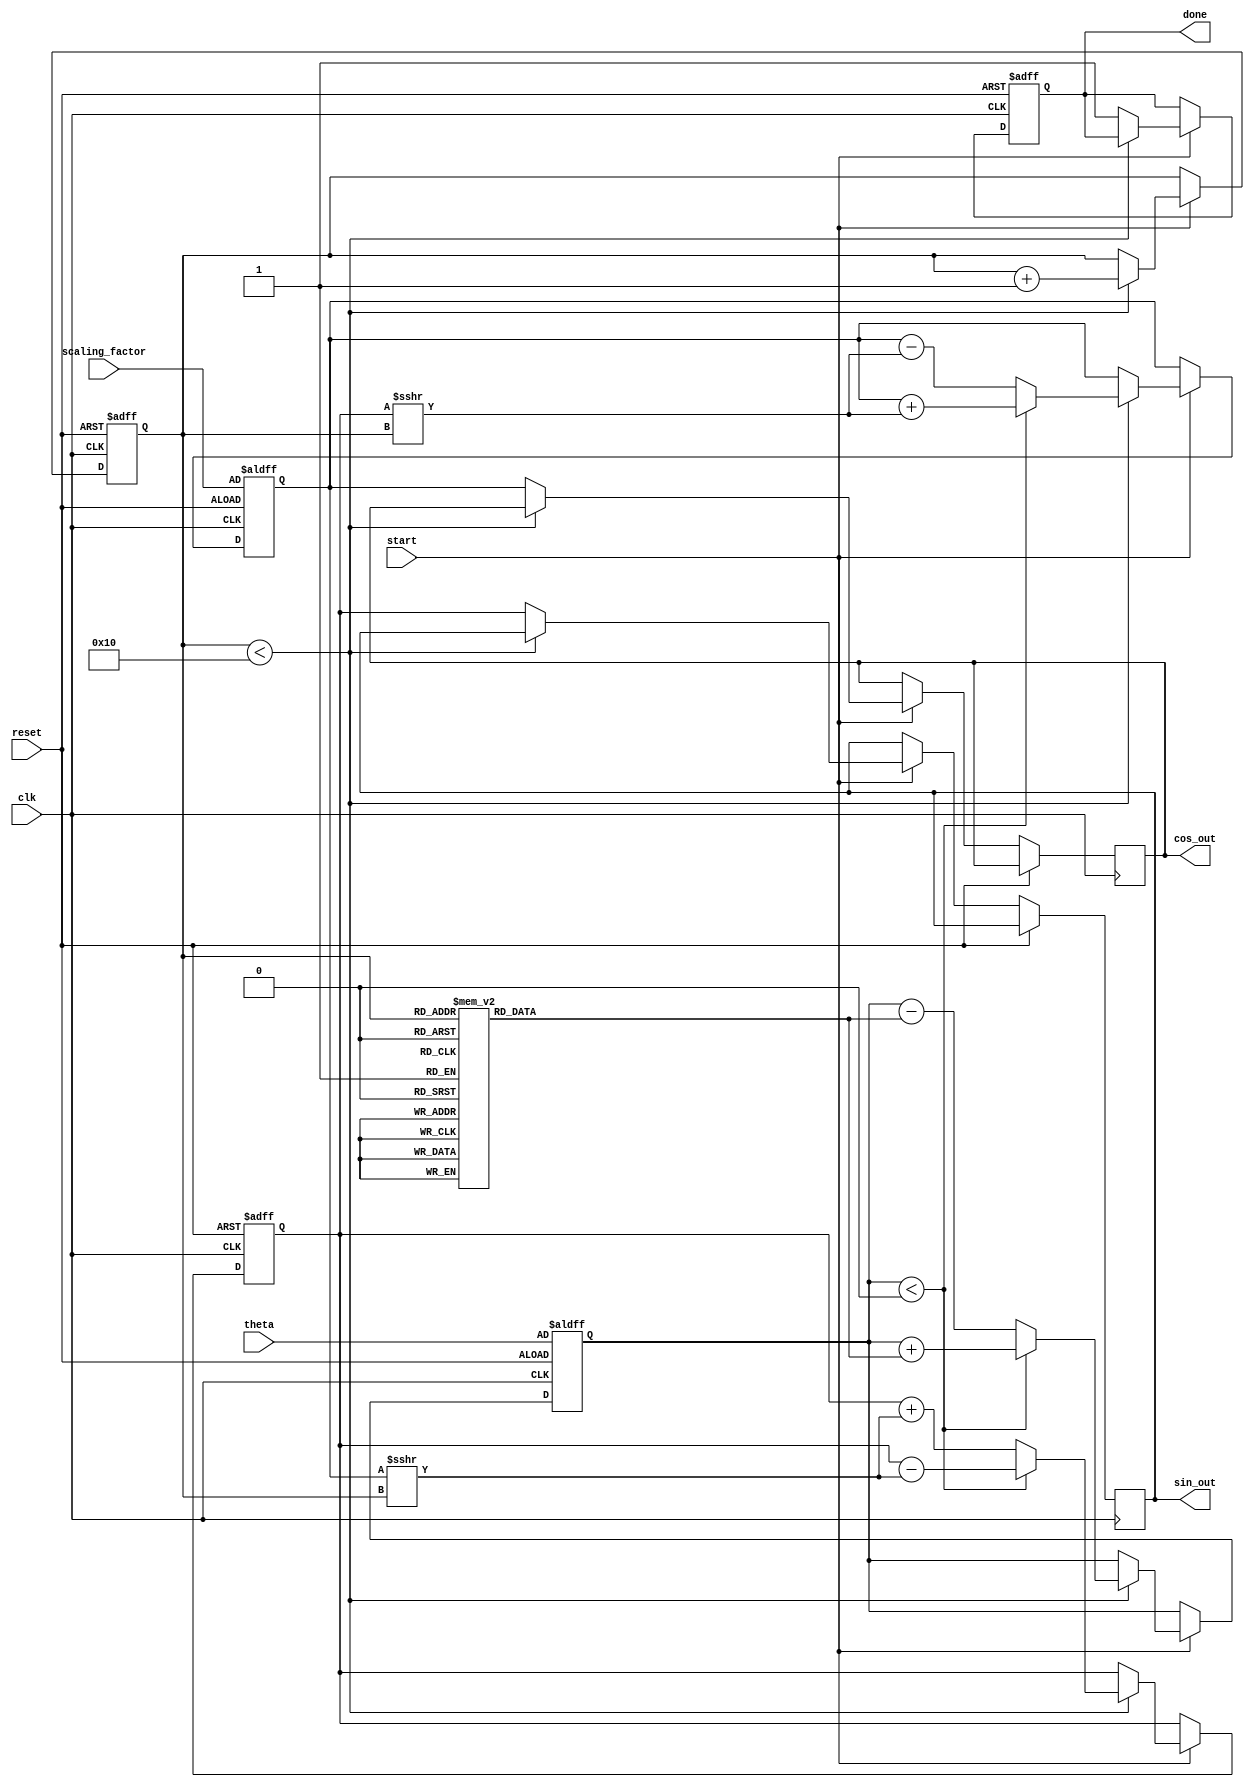
module adaptive_cordic (
    input wire clk,
    input wire reset,
    input wire start,
    input wire [31:0] theta,          // Input angle in fixed-point format (e.g., Q15)
    input wire [31:0] scaling_factor, // Scaling factor
    output reg [31:0] sin_out,        // Sine output
    output reg [31:0] cos_out,        // Cosine output
    output reg done                   // Operation done signal
);

    // Parameters
    parameter NUM_ITERATIONS = 16;  // Max number of iterations
    reg [31:0] angle_table [0:NUM_ITERATIONS-1]; // Arctangent values
    reg [31:0] x, y, z;              // CORDIC variables
    reg [3:0] iteration;             // Current iteration
    reg adaptive_done;               // Adaptive completion flag

    // Initialize angle table (Q15 fixed-point representation)
    initial begin
        angle_table[0] = 32'h0001;  // atan(2^0)
        angle_table[1] = 32'h0002;  // atan(2^-1)
        angle_table[2] = 32'h0004;  // atan(2^-2)
        angle_table[3] = 32'h0008;  // atan(2^-3)
        // Continue filling the angle table for all iterations
    end

    // Control unit
    always @(posedge clk or posedge reset) begin
        if (reset) begin
            x <= scaling_factor;      // Initial x = scaling factor
            y <= 32'h0000;            // Initial y = 0
            z <= theta;               // Load input angle
            iteration <= 0;           // Reset iteration
            done <= 0;                // Reset done signal
            adaptive_done <= 0;       // Reset adaptive completion
        end else if (start) begin
            if (iteration < NUM_ITERATIONS) begin
                // CORDIC rotation logic
                if (z < 0) begin
                    // Perform clockwise rotation
                    x <= x + (y >>> iteration);
                    y <= y - (x >>> iteration);
                    z <= z + angle_table[iteration];
                end else begin
                    // Perform counterclockwise rotation
                    x <= x - (y >>> iteration);
                    y <= y + (x >>> iteration);
                    z <= z - angle_table[iteration];
                end
                iteration <= iteration + 1;
            end else begin
                // Operation completed
                sin_out <= y;           // Output sine
                cos_out <= x;           // Output cosine
                done <= 1;              // Signal done
            end
        end
    end

    // Adaptive mechanism (simplified)
    always @(posedge clk) begin
        if (done) begin
            // Check precision and adjust iterations if needed
            // This is a placeholder for adaptive logic
            adaptive_done <= 1; // Set to indicate completion
        end
    end

endmodule